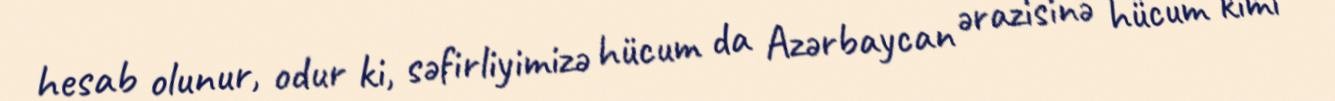
hesab olunur, odur ki, səfirliyimizə hücum da Azərbaycan ərazisinə hücum kimi